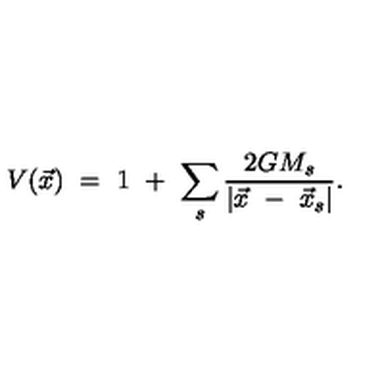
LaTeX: V ( \vec { x } ) \ = \ 1 \ + \ \sum _ { s } \frac { 2 G M _ { s } } { | \vec { x } \ - \ \vec { x } _ { s } | } .